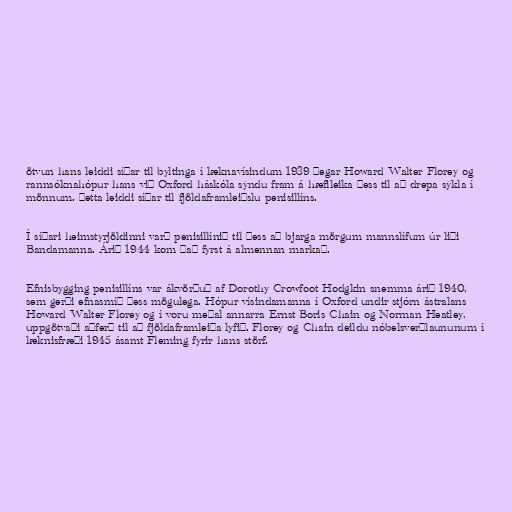
ötvun hans leiddi síðar til byltinga í læknavísindum 1939 þegar Howard Walter Florey og
rannsóknahópur hans við Oxford háskóla sýndu fram á hæfileika þess til að drepa sýkla í
mönnum. Þetta leiddi síðar til fjöldaframleiðslu penisillíns.

Í síðari heimstyrjöldinni varð penisillínið til þess að bjarga mörgum mannslífum úr liði
Bandamanna. Árið 1944 kom það fyrst á almennan markað.

Efnisbygging penisillíns var ákvörðuð af Dorothy Crowfoot Hodgkin snemma árið 1940,
sem gerði efnasmíð þess mögulega. Hópur vísindamanna í Oxford undir stjórn ástralans
Howard Walter Florey og í voru meðal annarra Ernst Boris Chain og Norman Heatley,
uppgötvaði aðferð til að fjöldaframleiða lyfið. Florey og Chain deildu nóbelsverðlaununum í
læknisfræði 1945 ásamt Fleming fyrir hans störf.